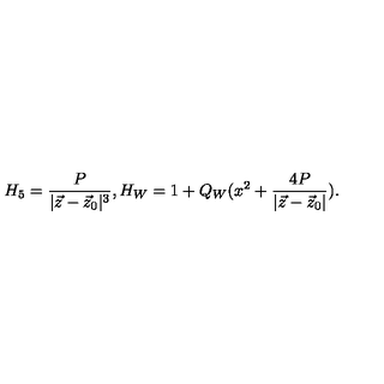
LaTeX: H _ { 5 } = { \frac { P } { | \vec { z } - \vec { z } _ { 0 } | ^ { 3 } } } , H _ { W } = 1 + Q _ { W } ( x ^ { 2 } + { \frac { 4 P } { | \vec { z } - \vec { z } _ { 0 } | } } ) .